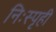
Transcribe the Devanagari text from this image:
निःस्पृही